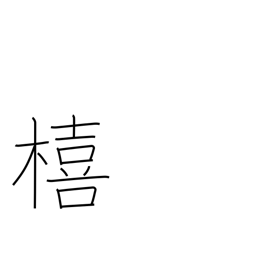
Meaning: Japanese storax